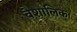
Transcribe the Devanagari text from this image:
वैशालिक